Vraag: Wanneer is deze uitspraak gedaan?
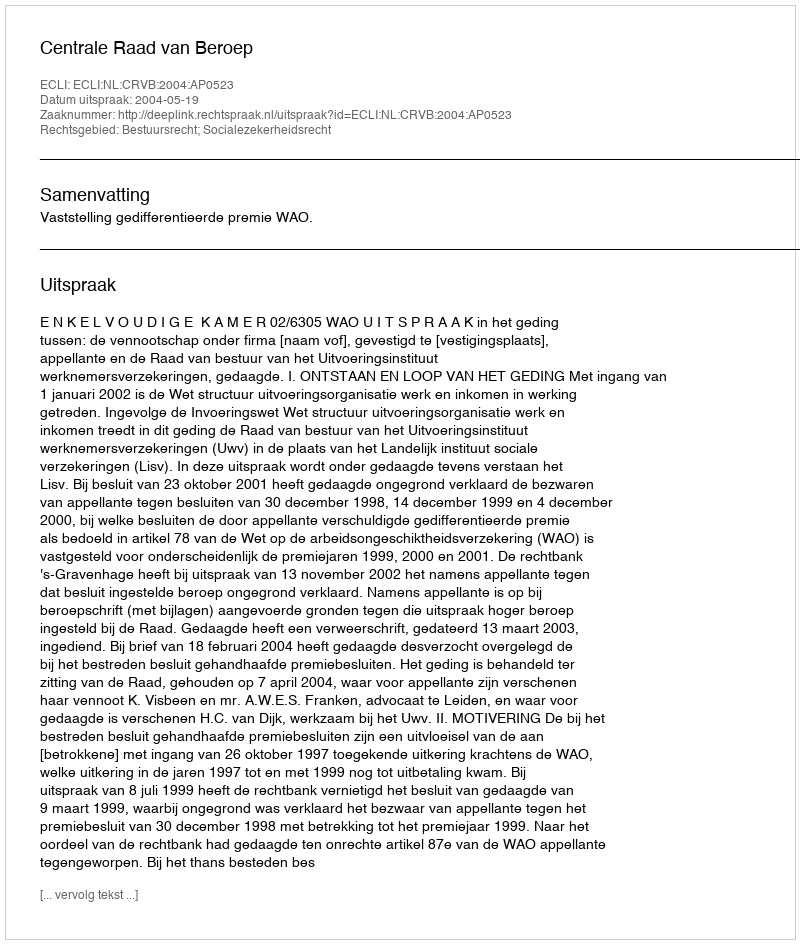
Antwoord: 2004-05-19